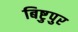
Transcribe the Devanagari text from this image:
बिष्टुपुर